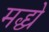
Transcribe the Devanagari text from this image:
मद्ध्ये